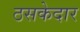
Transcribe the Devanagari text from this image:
ठसकेदार